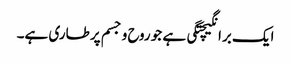
ایک برانگیچتگی ہے جو روح و جسم پر طاری ہے۔